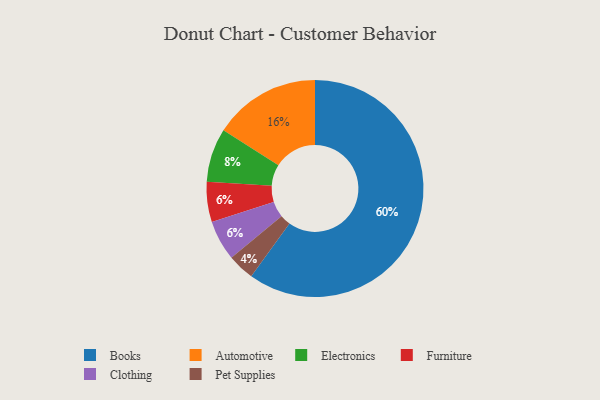
{"axis": {"x": "Category", "y": "Percentage"}, "legend": ["Automotive", "Books", "Clothing", "Electronics", "Furniture", "Pet Supplies"], "data": [{"x": "Furniture", "y": 6, "type": "Furniture"}, {"x": "Electronics", "y": 8, "type": "Electronics"}, {"x": "Books", "y": 60, "type": "Books"}, {"x": "Clothing", "y": 6, "type": "Clothing"}, {"x": "Automotive", "y": 16, "type": "Automotive"}, {"x": "Pet Supplies", "y": 4, "type": "Pet Supplies"}]}